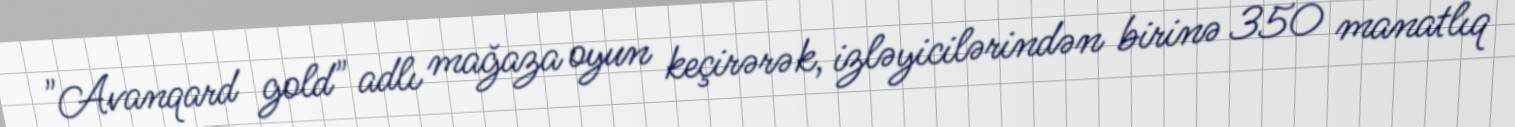
"Avanqard gold" adlı mağaza oyun keçirərək, izləyicilərindən birinə 350 manatlıq